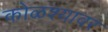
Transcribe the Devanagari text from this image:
कोळश्यावर